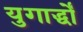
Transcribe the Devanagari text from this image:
युगार्द्धों